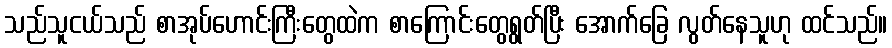
သည်သူငယ်သည် စာအုပ်ဟောင်းကြီးတွေထဲက စာကြောင်းတွေရွတ်ပြီး အောက်ခြေ လွတ်နေသူဟု ထင်သည်။